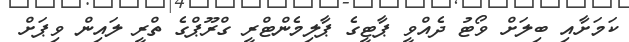
ކަމަށާއި ބިލަށް ވޯޓު ދެއްވީ ޕާޓީގެ ޕާލިމެންޓްރީ ގްރޫޕްގެ ތްރީ ލައިން ވިޕަށް